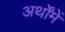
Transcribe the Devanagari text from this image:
अर्थोंमें